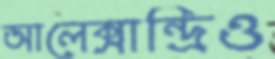
আলেক্সান্দ্রিও